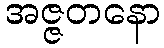
အဇ္ဇတနော